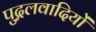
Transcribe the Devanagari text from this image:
पुद्गलवादियों